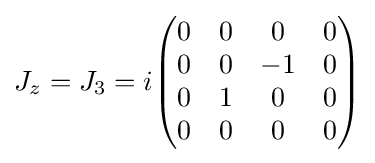
J_{z}=J_{3}=i{\begin{pmatrix}0&0&0&0\\0&0&-1&0\\0&1&0&0\\0&0&0&0\\\end{pmatrix}}